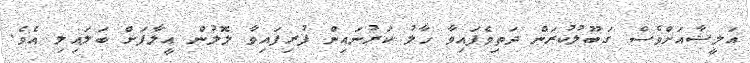
އަލީޝާއަށްވެސް ގަބޫލުކުރަން ދަތިވެފައިވާ ހާލު ކަރުނައިން ފުރިފައިވާ ލޮލުން އީލާފަށް ބަލައިލި އެވެ.